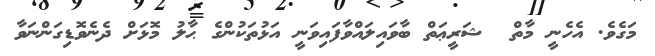
މަގެވެ. އެހެނީ މާތް  ޝަރީޢަތް ބާވައިލައްވާފައިވަނީ އަޅުތަކުންގެ ޙާލު މޮޅަށް ދެނެވޮޑިގަންނަވާ